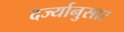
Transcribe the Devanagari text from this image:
दर्ज्यानुसार